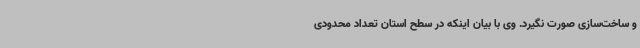
و ساخت‌سازی صورت نگیرد. وی با بیان اینکه در سطح استان تعداد محدودی